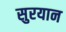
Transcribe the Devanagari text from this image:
सुरयान